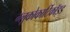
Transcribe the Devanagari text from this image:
ग्लूकोकार्टिकॉइड